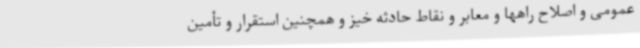
عمومی و اصلاح راهها و معابر و نقاط حادثه خیز و همچنین استقرار و تأمین